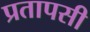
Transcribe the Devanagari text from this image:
प्रतापसी